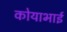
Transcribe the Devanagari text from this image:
कोयाभाई